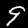
Digit: 9